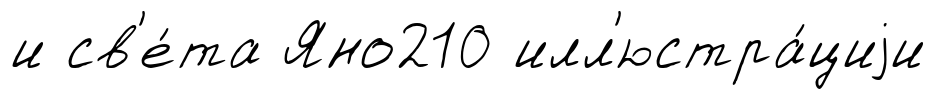
и св'е́та Яно210 илл'юстра́циjи